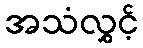
အသံလွှင့်